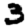
Digit: 3